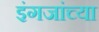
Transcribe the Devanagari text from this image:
इंगजांच्या